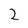
Character: 2